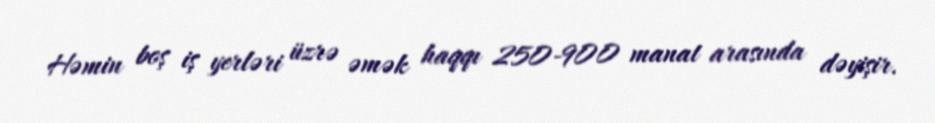
Həmin boş iş yerləri üzrə əmək haqqı 250-900 manat arasında dəyişir.